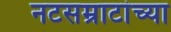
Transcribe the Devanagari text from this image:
नटसम्राटांच्या